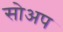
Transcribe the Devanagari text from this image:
सोअप